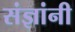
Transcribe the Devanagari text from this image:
संज्ञांनी